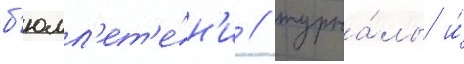
б'юлл'ет'е́н'и / журна́лы и́